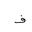
Letter: _fa